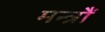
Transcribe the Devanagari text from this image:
मन्त्रौं